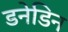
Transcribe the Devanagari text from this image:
डनेडिन